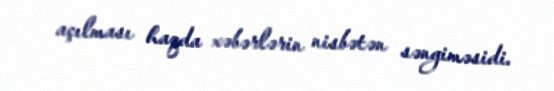
açılması haqda xəbərlərin nisbətən səngiməsidi.